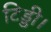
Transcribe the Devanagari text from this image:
टिड्डी।